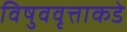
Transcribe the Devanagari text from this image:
विषुववृत्ताकडे